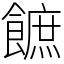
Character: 䭖